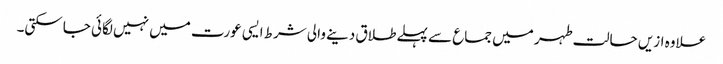
علاوہ ازیں حالت طہر میں جماع سے پہلےطلاق دینے والی شرط ایسی عورت میں نہیں لگائی جاسکتی۔